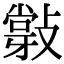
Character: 𢿦